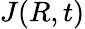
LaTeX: J(R,t)